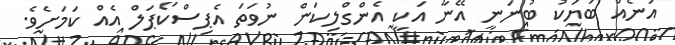
އަނެއް ބަޔަކު ބުނަނީ އޭނާ އަކީ އެންގްލިކަން ނުވަތަ އެޕިސްކޯޕަލް އެއް ކަމަށެވެ.